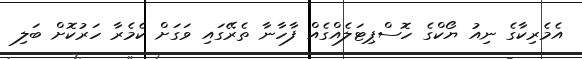
އެމެރިކާގެ ނިއު ޔޯކްގެ ހޮސްޕިޓަލެއްގެއް ފާހާނާ ތެރޭގައި ވަގަށް ކެމެރާ ހަރުކޮށް ބަލި